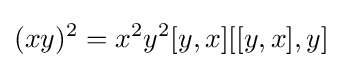
(xy)^{2}=x^{2}y^{2}[y,x][[y,x],y]